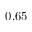
0 . 6 5